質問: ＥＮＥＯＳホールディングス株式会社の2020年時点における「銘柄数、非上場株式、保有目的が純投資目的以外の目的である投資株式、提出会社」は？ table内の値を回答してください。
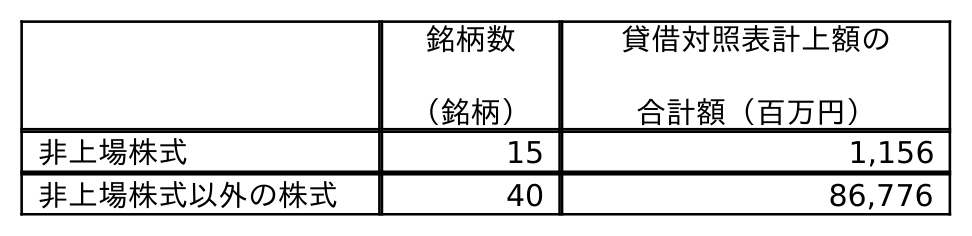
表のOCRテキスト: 銘柄数 （銘柄） 貸借対照表計上額の 合計額（百万円） 非上場株式 15 1,156 非上場株式以外の株式 40 86,776
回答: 15